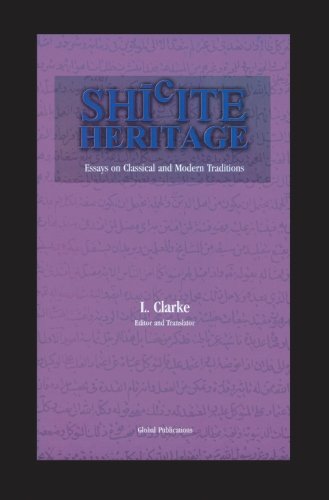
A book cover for Shiite Heritage (Global Academic Publishing Books); Religion & Spirituality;